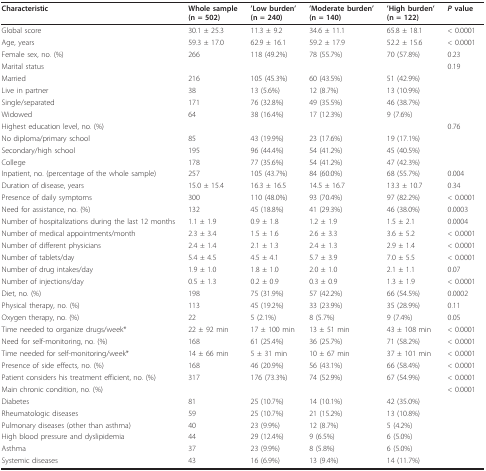
<table><thead><tr><td><b>Characteristic</b></td><td><b>Whole sample (n = 502)</b></td><td><b>&#x27;Low burden&#x27; (n = 240)</b></td><td><b>&#x27;Moderate burden&#x27; (n = 140)</b></td><td><b>&#x27;High burden&#x27; (n = 122)</b></td><td><b><i>P </i>value</b></td></tr></thead><tbody><tr><td>Global score</td><td>30.1 ± 25.3</td><td>11.3 ± 9.2</td><td>34.6 ± 11.1</td><td>65.8 ± 18.1</td><td>&lt; 0.0001</td></tr><tr><td>Age, years</td><td>59.3 ± 17.0</td><td>62.9 ± 16.1</td><td>59.2 ± 17.9</td><td>52.2 ± 15.6</td><td>&lt; 0.0001</td></tr><tr><td>Female sex, no. (%)</td><td>266</td><td>118 (49.2%)</td><td>78 (55.7%)</td><td>70 (57.8%)</td><td>0.23</td></tr><tr><td>Marital status</td><td></td><td></td><td></td><td></td><td>0.19</td></tr><tr><td>Married</td><td>216</td><td>105 (45.3%)</td><td>60 (43.5%)</td><td>51 (42.9%)</td><td></td></tr><tr><td>Live in partner</td><td>38</td><td>13 (5.6%)</td><td>12 (8.7%)</td><td>13 (10.9%)</td><td></td></tr><tr><td>Single/separated</td><td>171</td><td>76 (32.8%)</td><td>49 (35.5%)</td><td>46 (38.7%)</td><td></td></tr><tr><td>Widowed</td><td>64</td><td>38 (16.4%)</td><td>17 (12.3%)</td><td>9 (7.6%)</td><td></td></tr><tr><td>Highest education level, no. (%)</td><td></td><td></td><td></td><td></td><td>0.76</td></tr><tr><td>No diploma/primary school</td><td>85</td><td>43 (19.9%)</td><td>23 (17.6%)</td><td>19 (17.1%)</td><td></td></tr><tr><td>Secondary/high school</td><td>195</td><td>96 (44.4%)</td><td>54 (41.2%)</td><td>45 (40.5%)</td><td></td></tr><tr><td>College</td><td>178</td><td>77 (35.6%)</td><td>54 (41.2%)</td><td>47 (42.3%)</td><td></td></tr><tr><td>Inpatient, no. (percentage of the whole sample)</td><td>257</td><td>105 (43.7%)</td><td>84 (60.0%)</td><td>68 (55.7%)</td><td>0.004</td></tr><tr><td>Duration of disease, years</td><td>15.0 ± 15.4</td><td>16.3 ± 16.5</td><td>14.5 ± 16.7</td><td>13.3 ± 10.7</td><td>0.34</td></tr><tr><td>Presence of daily symptoms</td><td>300</td><td>110 (48.0%)</td><td>93 (70.4%)</td><td>97 (82.2%)</td><td>&lt; 0.0001</td></tr><tr><td>Need for assistance, no. (%)</td><td>132</td><td>45 (18.8%)</td><td>41 (29.3%)</td><td>46 (38.0%)</td><td>0.0003</td></tr><tr><td>Number of hospitalizations during the last 12 months</td><td>1.1 ± 1.9</td><td>0.9 ± 1.8</td><td>1.2 ± 1.9</td><td>1.5 ± 2.1</td><td>0.0004</td></tr><tr><td>Number of medical appointments/month</td><td>2.3 ± 3.4</td><td>1.5 ± 1.6</td><td>2.6 ± 3.3</td><td>3.6 ± 5.2</td><td>&lt; 0.0001</td></tr><tr><td>Number of different physicians</td><td>2.4 ± 1.4</td><td>2.1 ± 1.3</td><td>2.4 ± 1.3</td><td>2.9 ± 1.4</td><td>&lt; 0.0001</td></tr><tr><td>Number of tablets/day</td><td>5.4 ± 4.5</td><td>4.5 ± 4.1</td><td>5.7 ± 3.9</td><td>7.0 ± 5.5</td><td>&lt; 0.0001</td></tr><tr><td>Number of drug intakes/day</td><td>1.9 ± 1.0</td><td>1.8 ± 1.0</td><td>2.0 ± 1.0</td><td>2.1 ± 1.1</td><td>0.07</td></tr><tr><td>Number of injections/day</td><td>0.5 ± 1.3</td><td>0.2 ± 0.9</td><td>0.3 ± 0.9</td><td>1.3 ± 1.9</td><td>&lt; 0.0001</td></tr><tr><td>Diet, no. (%)</td><td>198</td><td>75 (31.9%)</td><td>57 (42.2%)</td><td>66 (54.5%)</td><td>0.0002</td></tr><tr><td>Physical therapy, no. (%)</td><td>113</td><td>45 (19.2%)</td><td>33 (23.9%)</td><td>35 (28.9%)</td><td>0.11</td></tr><tr><td>Oxygen therapy, no. (%)</td><td>22</td><td>5 (2.1%)</td><td>8 (5.7%)</td><td>9 (7.4%)</td><td>0.05</td></tr><tr><td>Time needed to organize drugs/week*</td><td>22 ± 92 min</td><td>17 ± 100 min</td><td>13 ± 51 min</td><td>43 ± 108 min</td><td>&lt; 0.0001</td></tr><tr><td>Need for self-monitoring, no. (%)</td><td>168</td><td>61 (25.4%)</td><td>36 (25.7%)</td><td>71 (58.2%)</td><td>&lt; 0.0001</td></tr><tr><td>Time needed for self-monitoring/week*</td><td>14 ± 66 min</td><td>5 ± 31 min</td><td>10 ± 67 min</td><td>37 ± 101 min</td><td>&lt; 0.0001</td></tr><tr><td>Presence of side effects, no. (%)</td><td>168</td><td>46 (20.9%)</td><td>56 (43.1%)</td><td>66 (58.4%)</td><td>&lt; 0.0001</td></tr><tr><td>Patient considers his treatment efficient, no. (%)</td><td>317</td><td>176 (73.3%)</td><td>74 (52.9%)</td><td>67 (54.9%)</td><td>&lt; 0.0001</td></tr><tr><td>Main chronic condition, no. (%)</td><td></td><td></td><td></td><td></td><td>&lt; 0.0001</td></tr><tr><td>Diabetes</td><td>81</td><td>25 (10.7%)</td><td>14 (10.1%)</td><td>42 (35.0%)</td><td></td></tr><tr><td>Rheumatologic diseases</td><td>59</td><td>25 (10.7%)</td><td>21 (15.2%)</td><td>13 (10.8%)</td><td></td></tr><tr><td>Pulmonary diseases (other than asthma)</td><td>40</td><td>23 (9.9%)</td><td>12 (8.7%)</td><td>5 (4.2%)</td><td></td></tr><tr><td>High blood pressure and dyslipidemia</td><td>44</td><td>29 (12.4%)</td><td>9 (6.5%)</td><td>6 (5.0%)</td><td></td></tr><tr><td>Asthma</td><td>37</td><td>23 (9.9%)</td><td>8 (5.8%)</td><td>6 (5.0%)</td><td></td></tr><tr><td>Systemic diseases</td><td>43</td><td>16 (6.9%)</td><td>13 (9.4%)</td><td>14 (11.7%)</td><td></td></tr></tbody></table>